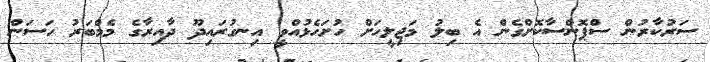
ސަރުކާރުން ސްޕޮންސާކޮށްގެން އެ ބިލު މަޖިލީހަށް ހުށަހެޅުއްވީ އިނގުރައިދޫ ދާއިރާގެ މެމްބަރު ހަސަން